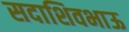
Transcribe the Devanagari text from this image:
सदाशिवभाऊ